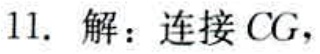
11. 解：连接 \(CG\)，